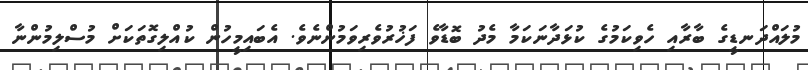
މުލައްދަނޑީގެ ބާރާއި ހެވިކަމުގެ ކުޅަދާނަކަމާ މެދު ބޮޑާވެ ފަޚުރުވެރިވަމުންނެވެ. އެބައިމީހުން ކުއްލިގޮތަކަށް މުސްލިމުންނާ